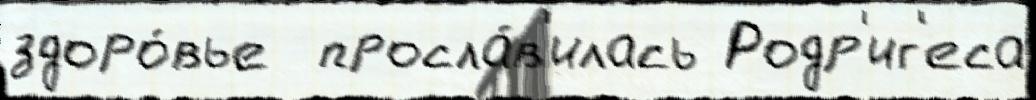
здоро́вье  просла́в'илась Родр'иг'еса